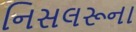
નિસલરૂના